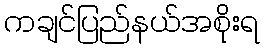
ကချင်ပြည်နယ်အစိုးရ